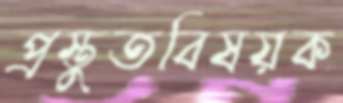
প্রস্তুতবিষয়ক